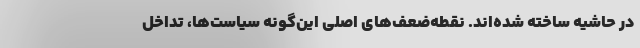
در حاشیه ساخته شده‌اند. نقطه‌ضعف‌های اصلی این‌گونه سیاست‌ها، تداخل